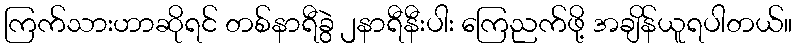
ကြက်သားဟာဆိုရင် တစ်နာရီခွဲ ၂နာရီနီးပါး ကြေညက်ဖို့ အချိန်ယူရပါတယ်။